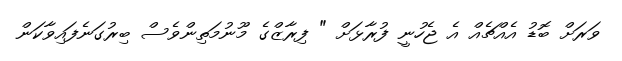
ވަރަށް ބޮޑު އެއްޗެއް އެ ޖެހުނީ ފުރާޅަށް " ފިރާޒްގެ މޫނުމަތިންވެސް ބިރުގަނެފައިވާކަން